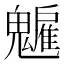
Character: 𩴡